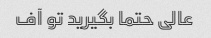
عالی حتما بگیرید تو آف